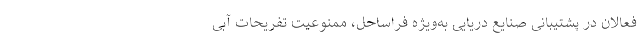
فعالان در پشتیبانی صنایع دریایی به‌ویژه فراساحل، ممنوعیت تفریحات آبی